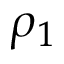
\rho _ { 1 }